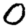
Digit: 0